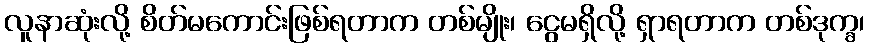
လူနာဆုံးလို့ စိတ်မကောင်းဖြစ်ရတာက တစ်မျိုး၊ ငွေမရှိလို့ ရှာရတာက တစ်ဒုက္ခ၊